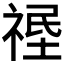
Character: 𱵛